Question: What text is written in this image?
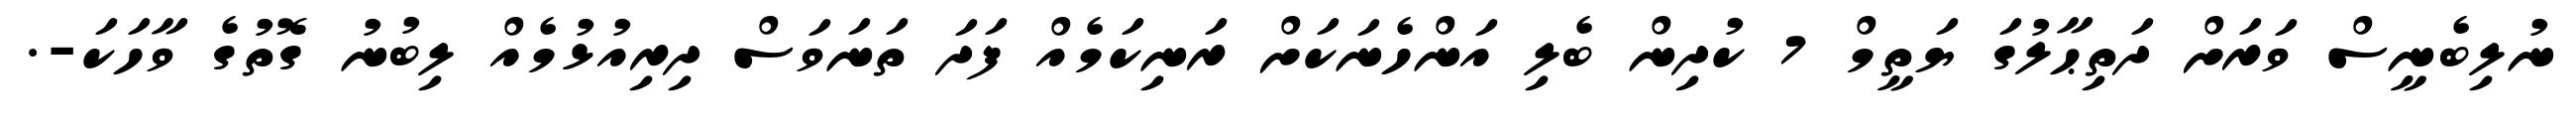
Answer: ނުލިބެނީސް ވަރަށް ދަތިޙާލުގަ ޔަތީމް 7 ކުދިން ބެލި އަންހެނަކަށް ރަނިކަމެއް ފަދަ ތަނަވަސް ދިރިއުޅުމެއް ލިބުނު ގޮތުގެ ވާހަކަ-.